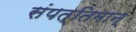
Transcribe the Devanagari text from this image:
संपत्तिमान्‌